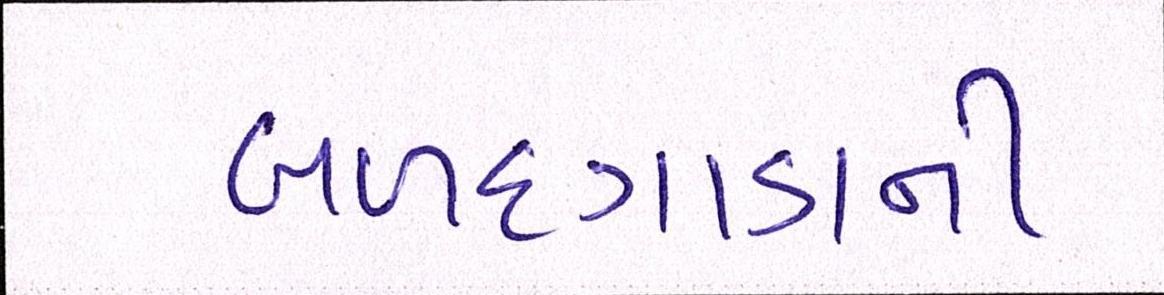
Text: બળદગાડાની